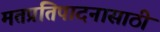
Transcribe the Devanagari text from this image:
मतप्रतिपादनासाठी